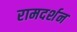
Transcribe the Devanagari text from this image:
रामदर्शन